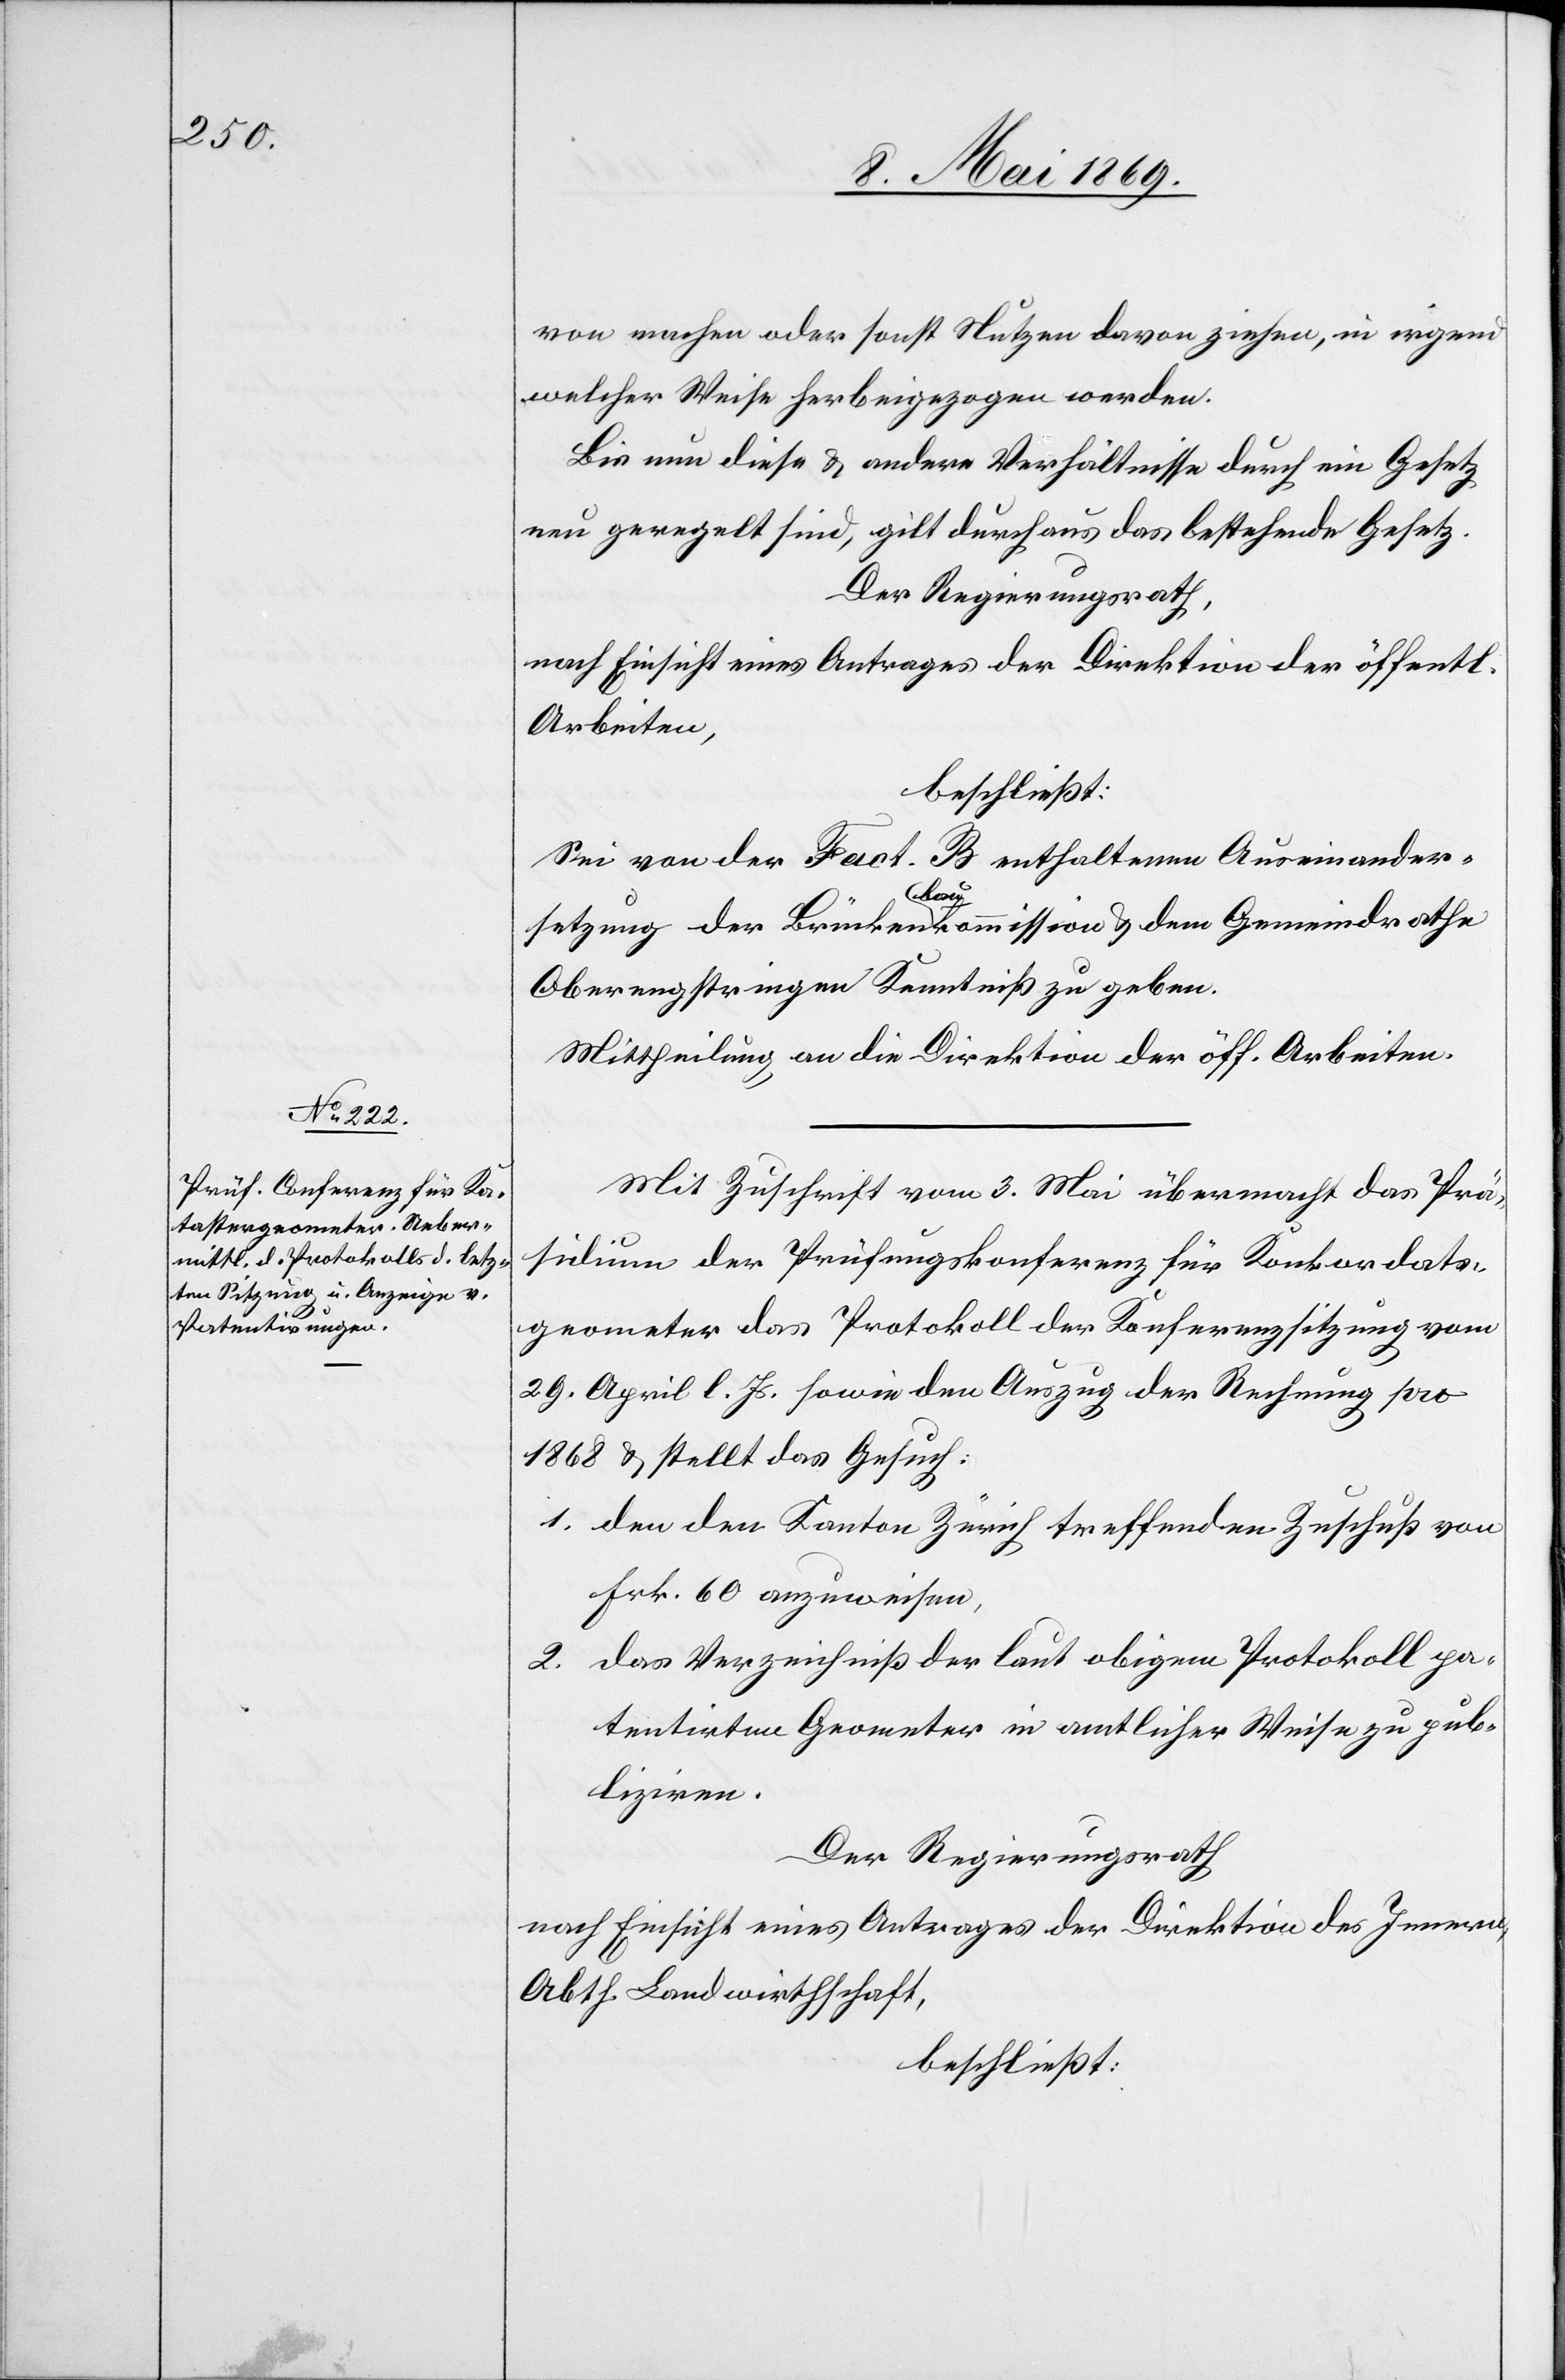
von machen oder sonst Nutzen davon ziehen, in irgend¬
welcher Weise herbeigezogen werden.
Bis nun diese u. andere Verhältnisse durch ein Gesetz
neu geregelt sind, gilt durchaus das bestehende Gesetz.
Der Regierungsrath,
nach Einsicht eines Antrages der Direktion der öff.
Arbeiten,
beschließt:
Sei von der [in] Fact. B enthaltenen Auseinander¬
setzung der Brückenbaukommission u. dem Gemeindrathe
Oberengstringen Kenntniß zu geben.
Mittheilung an die Direktion der öff. Arbeiten.
Mit Zuschrift vom 3. Mai übermacht das Prä¬
sidium der Prüfungskonferenz für Konkordats¬
geometer das Protokoll der Konferenzsitzung vom
29. April l. Js. sowie den Auszug der Rechnung pro
1868 u. stellt das Gesuch:
1. den den Kanton Zürich treffenden Zuschuß von
Frk. 60 anzuweisen,
2. das Verzeichniß der laut obigem Protokoll pa¬
tentirten Grometer in amtlicher Weise zu pub¬
liziren.
Der Regierungsrath,
nach Einsicht eines Antrages der Direktion des Innern,
Abth. Landwirthschaft,
beschließt: